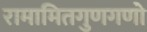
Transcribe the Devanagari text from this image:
रामामितगुणगणो